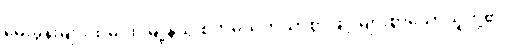
မေးခွန်းများထဲမှ ထိုမြို့နယ် စိတ်မသက်သာစွာဖြင့် များစွာသောသူတို့၏